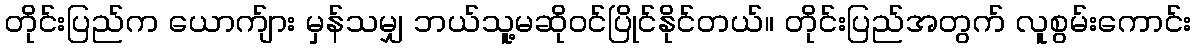
တိုင်းပြည်က ယောက်ျား မှန်သမျှ ဘယ်သူ့မဆိုဝင်ပြိုင်နိုင်တယ်။ တိုင်းပြည်အတွက် လူစွမ်းကောင်း